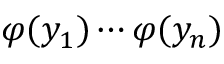
\varphi ( y _ { 1 } ) \cdots \varphi ( y _ { n } )